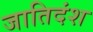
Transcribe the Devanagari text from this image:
जातिदंश